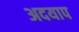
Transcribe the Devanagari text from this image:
अदयाप